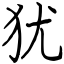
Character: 犹